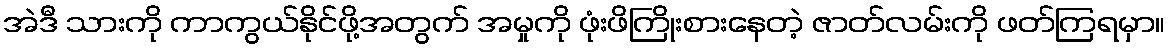
အဲဒီ သားကို ကာကွယ်နိုင်ဖို့အတွက် အမှုကို ဖုံးဖိကြိုးစားနေတဲ့ ဇာတ်လမ်းကို ဖတ်ကြရမှာ။